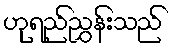
ဟုရည်ညွှန်းသည်